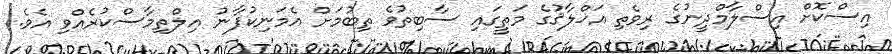
އިސްކޮށް އިސްލާމްދީނުގެ ރިވެތި އަޚްލާޤުގެ މަތީގައި ސާބިތުވެ ތިބުމަށް އެމަނިކުފާނު އިލްތިމާސްކުރެއްވި އެވެ.